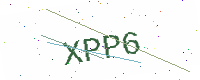
Text: XPP6